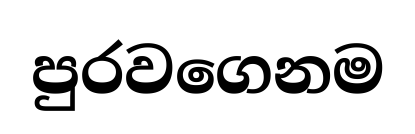
පුරවගෙනම